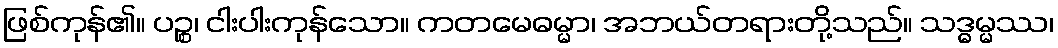
ဖြစ်ကုန်၏။ ပဉ္စ၊ ငါးပါးကုန်သော။ ကတမေဓမ္မာ၊ အဘယ်တရားတို့သည်။ သဒ္ဓမ္မဿ၊